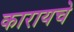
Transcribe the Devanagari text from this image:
कारायचे